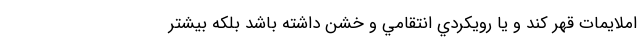
املايمات قهر کند و يا رويکردي انتقامي و خشن داشته باشد بلکه بيشتر